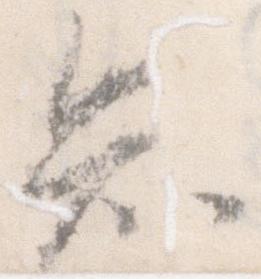
知